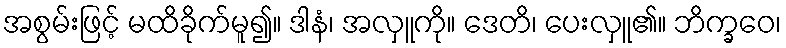
အစွမ်းဖြင့် မထိခိုက်မူ၍။ ဒါနံ၊ အလှူကို။ ဒေတိ၊ ပေးလှူ၏။ ဘိက္ခဝေ၊